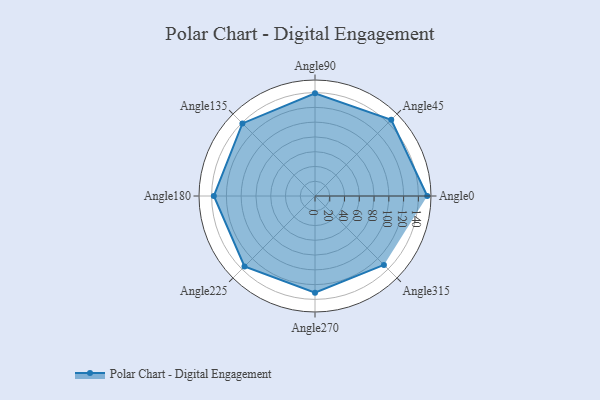
{"axis": {"x": "Angle", "y": "Radius"}, "legend": [""], "data": [{"x": "Angle0", "y": 152.0, "type": ""}, {"x": "Angle45", "y": 146.0, "type": ""}, {"x": "Angle90", "y": 139.0, "type": ""}, {"x": "Angle135", "y": 139.0, "type": ""}, {"x": "Angle180", "y": 137.0, "type": ""}, {"x": "Angle225", "y": 135.0, "type": ""}, {"x": "Angle270", "y": 131.0, "type": ""}, {"x": "Angle315", "y": 132.0, "type": ""}]}